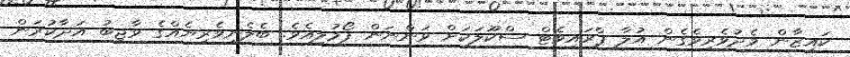
ކައިޒާން މެދުވެރިވެގެން އުލާ ޕްރައިވެޓް ސްކޫލަކަށް ވަންނަން ފޯމުލިއެވެ. ބެލެނިވެރިޔެއްގެ ވާޖިބު އަދާކުރަން